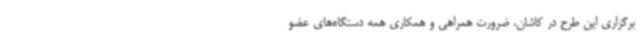
برگزاری این طرح در کاشان، ضرورت همراهی و همکاری همه دستگاه‌های عضو